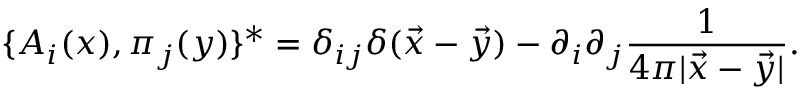
\{ A _ { i } ( x ) , \pi _ { j } ( y ) \} ^ { \ast } = \delta _ { i j } \delta ( { \vec { x } } - { \vec { y } } ) - \partial _ { i } \partial _ { j } { \frac { 1 } { 4 \pi | { \vec { x } } - { \vec { y } } | } } .